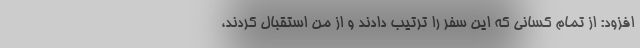
افزود: از تمام کسانی که این سفر را ترتیب دادند و از من استقبال کردند،